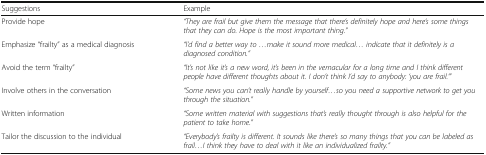
<table><thead><tr><td><b>Suggestions</b></td><td><b>Example</b></td></tr></thead><tbody><tr><td>Provide hope</td><td><i>“They are frail but give them the message that there’s definitely hope and here’s some things that they can do. Hope is the most important thing.”</i></td></tr><tr><td>Emphasize “frailty” as a medical diagnosis</td><td><i>“I’d find a better way to ...make it sound more medical... indicate that it definitely is a diagnosed condition.”</i></td></tr><tr><td>Avoid the term “frailty”</td><td><i>“It’s not like it’s a new word, it’s been in the vernacular for a long time and I think different people have different thoughts about it. I don’t think I’d say to anybody: ‘you are frail.’”</i></td></tr><tr><td>Involve others in the conversation</td><td><i>“Some news you can’t really handle by yourself...so you need a supportive network to get you through the situation.”</i></td></tr><tr><td>Written information</td><td><i>“Some written material with suggestions that’s really thought through is also helpful for the patient to take home.”</i></td></tr><tr><td>Tailor the discussion to the individual</td><td><i>“Everybody’s frailty is different. It sounds like there’s so many things that you can be labeled as frail...I think they have to deal with it like an individualized frailty.”</i></td></tr></tbody></table>